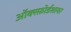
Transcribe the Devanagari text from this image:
ऑक्स्फ़ोर्डशायर